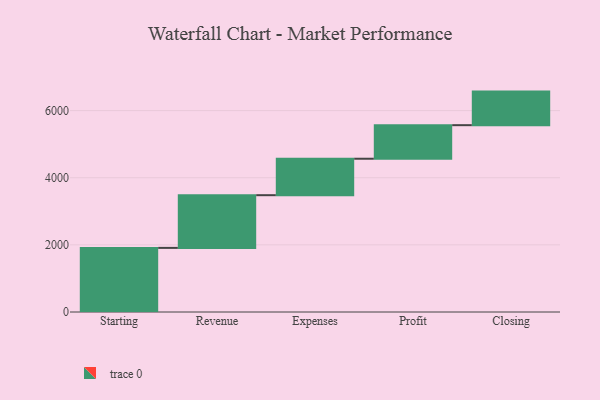
{"axis": {"x": "Step", "y": "Value"}, "legend": [""], "data": [{"x": "Starting", "y": 1910.0, "type": ""}, {"x": "Revenue", "y": 1570.0, "type": ""}, {"x": "Expenses", "y": 1086.0, "type": ""}, {"x": "Profit", "y": 1000, "type": ""}, {"x": "Closing", "y": 1000, "type": ""}]}